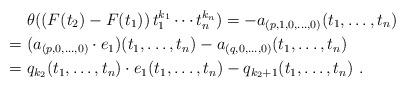
LaTeX: \begin{align*}&\theta( (F(t_2) - F(t_1))\,t_1^{k_1}\cdots t_n^{k_n}) = -a_{(p,1,0, \dots, 0)}(t_1, \dots, t_n) \\=\ & (a_{(p,0,\dots, 0)}\cdot e_1)(t_1, \dots, t_n) - a_{(q,0,\dots, 0)}(t_1, \dots, t_n) \\=\ & q_{k_2}(t_1, \dots, t_n) \cdot e_1(t_1,\dots, t_n) - q_{k_2+1}(t_1,\dots, t_n)\ .\end{align*}